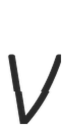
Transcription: v